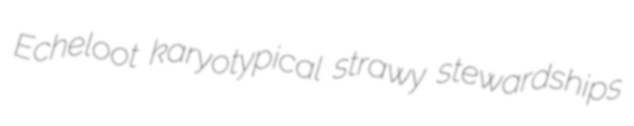
Echeloot karyotypical strawy stewardships